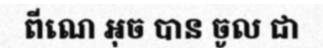
ពីណេ អុច បាន ចូល ជា